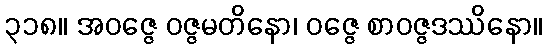
၃၁၈။ အဝဇ္ဇေ ဝဇ္ဇမတိနော၊ ဝဇ္ဇေ စာဝဇ္ဇဒဿိနော။